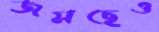
জমছেও